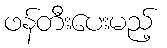
ဖန်တီးပေးမည့်